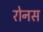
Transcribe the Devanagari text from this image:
रोनस